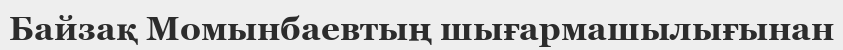
Байзақ Момынбаевтың шығармашылығынан